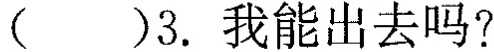
（）3.我能出去吗?